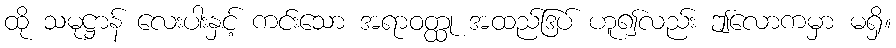
ထို သမုဋ္ဌာန် လေးပါးနှင့် ကင်းသော အရာဝတ္ထု အထည်ဒြပ် ဟူ၍လည်း ဤလောကမှာ မရှိ။